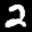
Label: 2